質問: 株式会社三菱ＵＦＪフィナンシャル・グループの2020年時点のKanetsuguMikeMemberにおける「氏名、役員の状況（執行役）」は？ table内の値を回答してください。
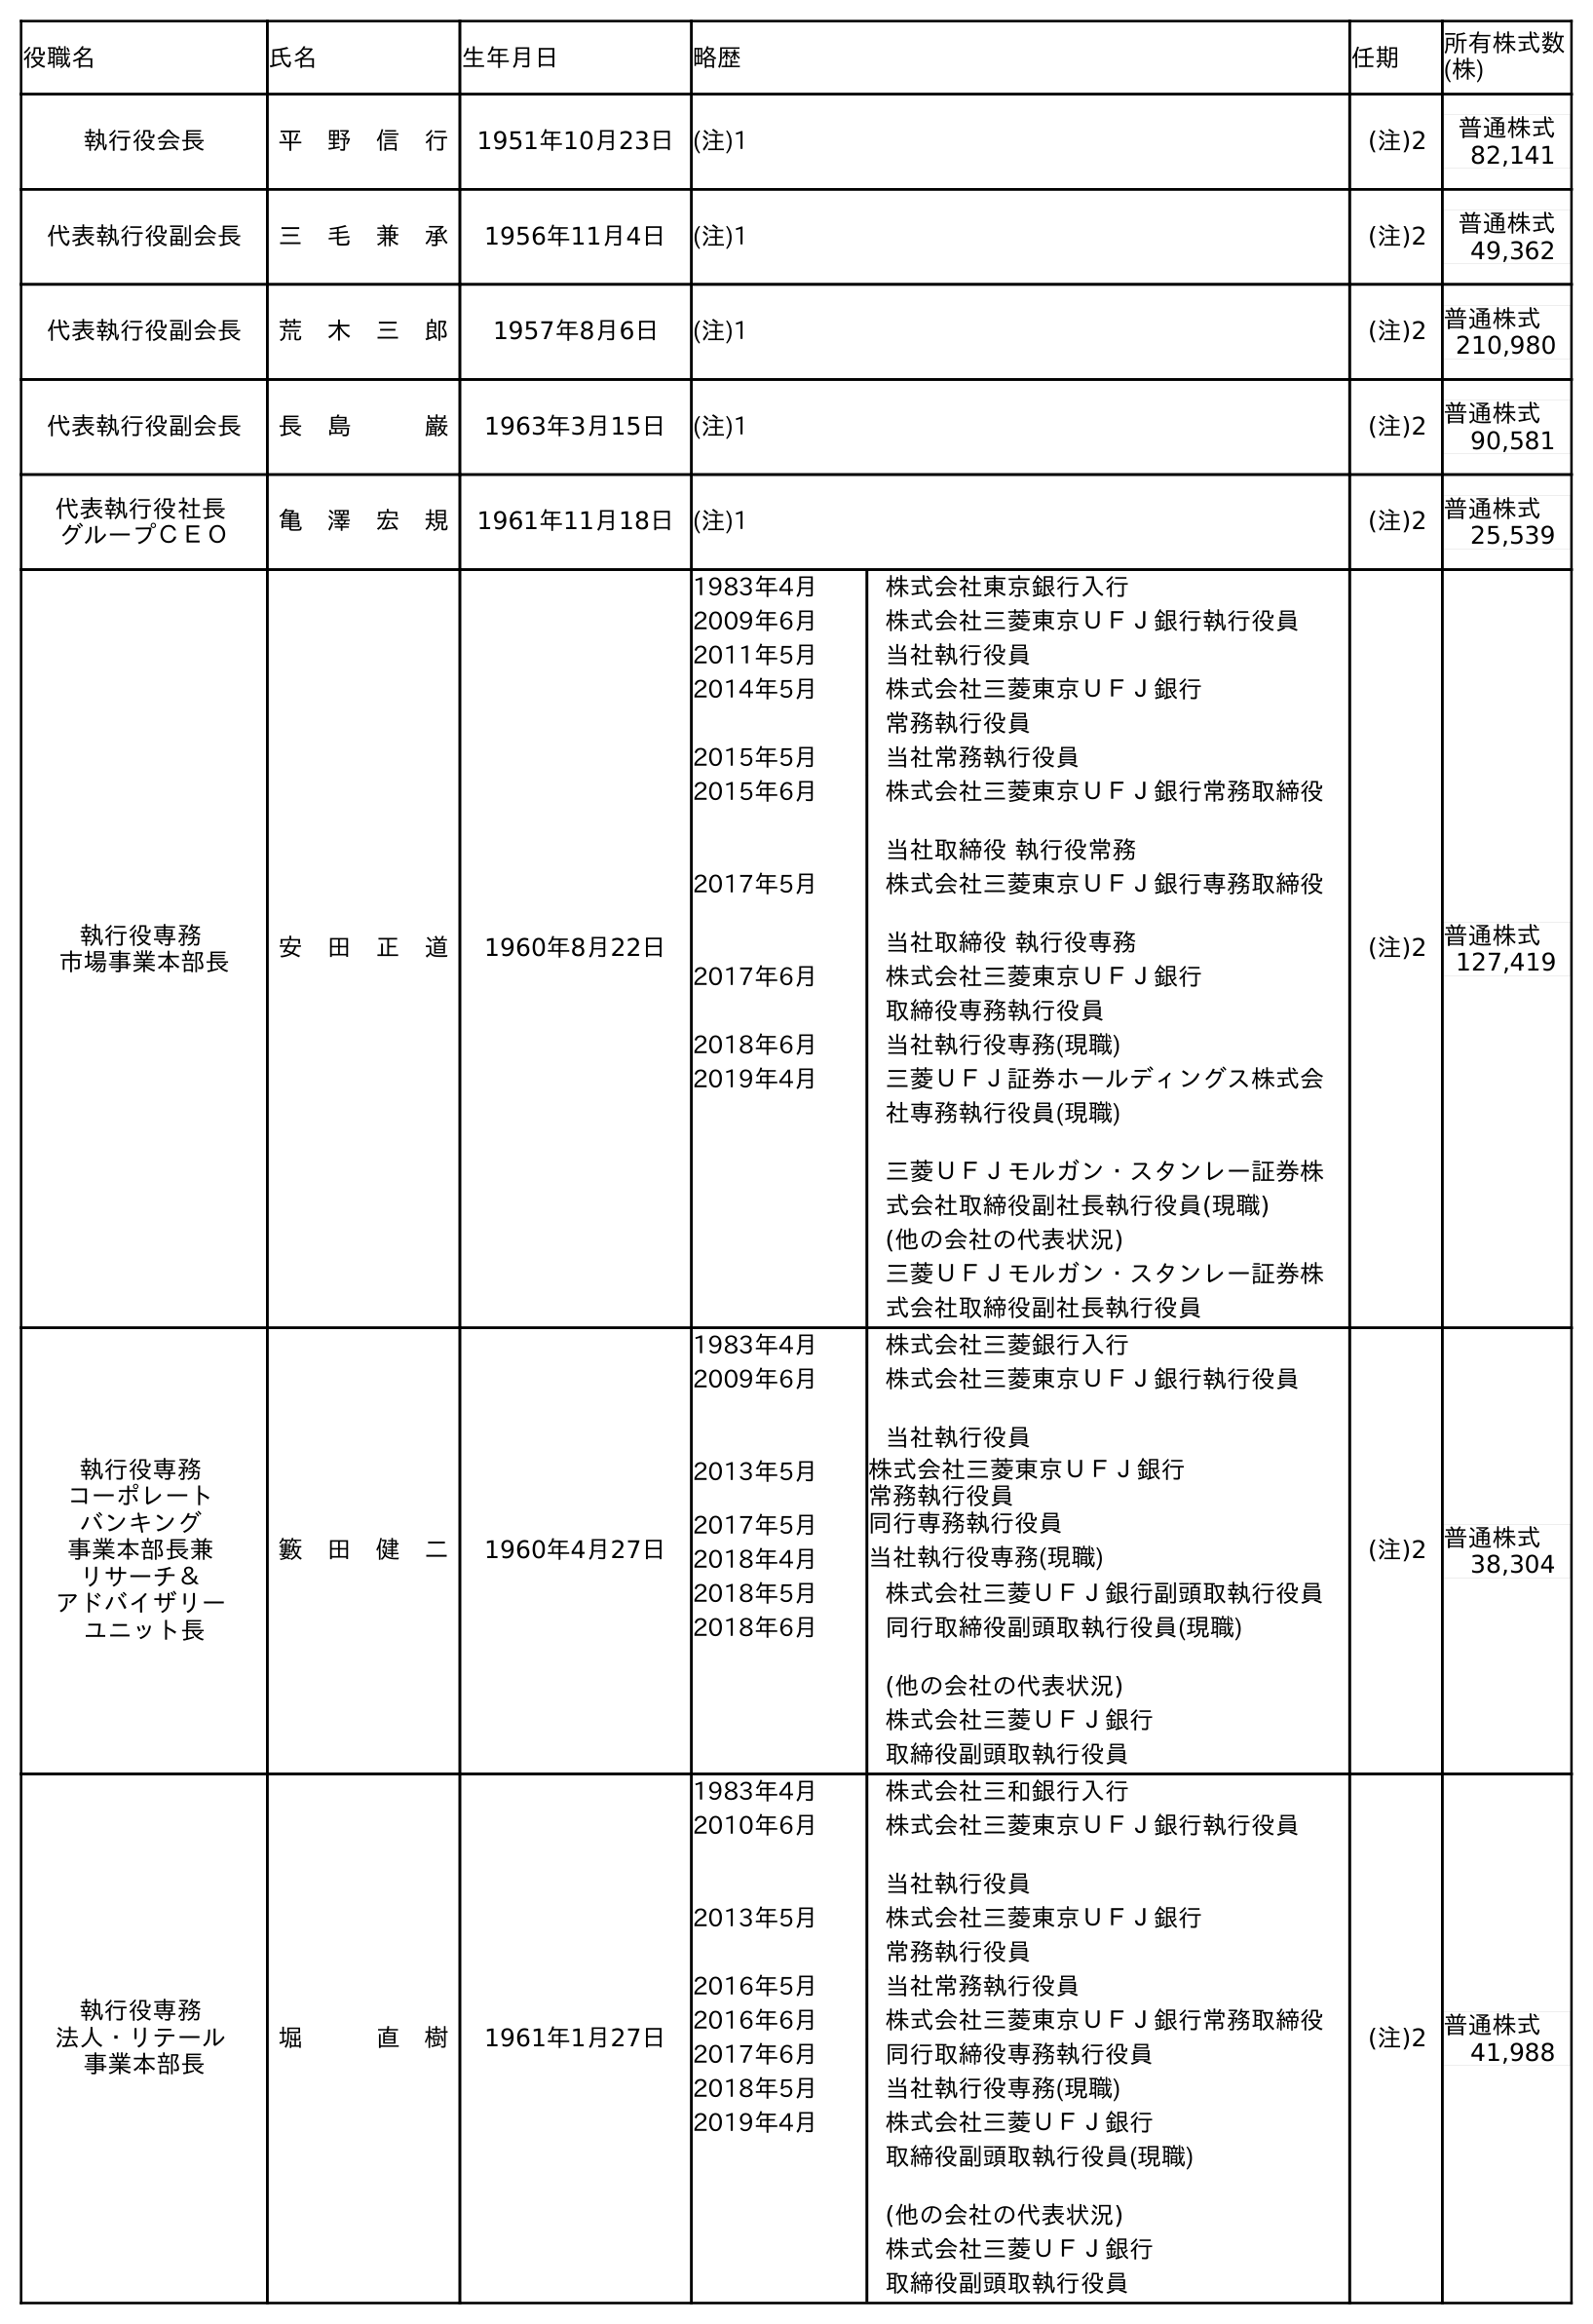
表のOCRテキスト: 役職名 氏名 生年月日 略歴 任期 所有株式数 (株) 執行役会長 平 野 信 行 1951年10月23日(注)1 (注)2 普通株式 82,141 代表執行役副会長 三 毛 兼 承 1956年11月4日 (注)1 (注)2 普通株式 49,362 代表執行役副会長 荒 木 三 郎 1957年8月6日 (注)1 (注)2 普通株式 210,980 代表執行役副会長 長 島   巌 1963年3月15日 (注)1 (注)2 普通株式 90,581 代表執行役社長 グループＣＥＯ 亀 澤 宏 規 1961年11月18日(注)1 (注)2 普通株式 25,539 執行役専務 市場事業本部長 安 田 正 道 1960年8月22日 1983年4月 株式会社東京銀行入行 2009年6月 株式会社三菱東京ＵＦＪ銀行執行役員 2011年5月 当社執行役員 2014年5月 株式会社三菱東京ＵＦＪ銀行 常務執行役員 2015年5月 当社常務執行役員 2015年6月 株式会社三菱東京ＵＦＪ銀行常務取締役 当社取締役 執行役常務 2017年5月 株式会社三菱東京ＵＦＪ銀行専務取締役 当社取締役 執行役専務 2017年6月 株式会社三菱東京ＵＦＪ銀行 取締役専務執行役員 2018年6月 当社執行役専務(現職) 2019年4月 三菱ＵＦＪ証券ホールディングス株式会 社専務執行役員(現職) 三菱ＵＦＪモルガン・スタンレー証券株 式会社取締役副社長執行役員(現職) (他の会社の代表状況) 三菱ＵＦＪモルガン・スタンレー証券株 式会社取締役副社長執行役員 (注)2 普通株式 127,419 執行役専務 コーポレート バンキング 事業本部長兼 リサーチ＆ アドバイザリー ユニット長 籔 田 健 二 1960年4月27日 1983年4月 株式会社三菱銀行入行 2009年6月 株式会社三菱東京ＵＦＪ銀行執行役員 当社執行役員 2013年5月 株式会社三菱東京ＵＦＪ銀行 常務執行役員 2017年5月 同行専務執行役員 2018年4月 当社執行役専務(現職) 2018年5月 株式会社三菱ＵＦＪ銀行副頭取執行役員 2018年6月 同行取締役副頭取執行役員(現職) (他の会社の代表状況) 株式会社三菱ＵＦＪ銀行 取締役副頭取執行役員 (注)2 普通株式 38,304 執行役専務 法人・リテール 事業本部長 堀   直 樹 1961年1月27日 1983年4月 株式会社三和銀行入行 2010年6月 株式会社三菱東京ＵＦＪ銀行執行役員 当社執行役員 2013年5月 株式会社三菱東京ＵＦＪ銀行 常務執行役員 2016年5月 当社常務執行役員 2016年6月 株式会社三菱東京ＵＦＪ銀行常務取締役 2017年6月 同行取締役専務執行役員 2018年5月 当社執行役専務(現職) 2019年4月 株式会社三菱ＵＦＪ銀行 取締役副頭取執行役員(現職) (他の会社の代表状況) 株式会社三菱ＵＦＪ銀行 取締役副頭取執行役員 (注)2 普通株式 41,988
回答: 三　毛　兼　承